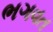
ભગવત